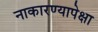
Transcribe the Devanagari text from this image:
नाकारण्यापेक्षा